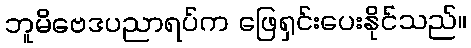
ဘူမိဗေဒပညာရပ်က ဖြေရှင်းပေးနိုင်သည်။